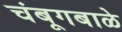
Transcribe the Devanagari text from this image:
चंबूगबाळे